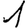
Digit: 1